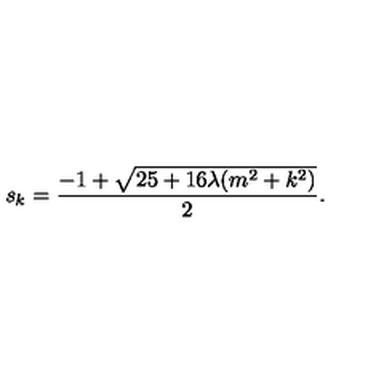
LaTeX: s _ { k } = \frac { - 1 + \sqrt { 2 5 + 1 6 \lambda ( m ^ { 2 } + k ^ { 2 } ) } } { 2 } .